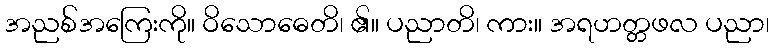
အညစ်အကြေးကို။ ဝိသောဓေတိ၊ ၏။ ပညာတိ၊ ကား။ အရဟတ္တဖလ ပညာ၊